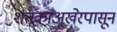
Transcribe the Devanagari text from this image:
शतकाअखेरपासून